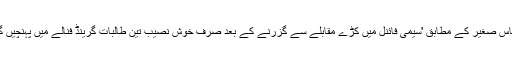
منہاس صغیر کے مطابق 'سیمی فائنل میں کڑے مقابلے سے گزرنے کے بعد صرف خوش نصیب تین طالبات گرینڈ فنالے میں پہنچیں گی'۔